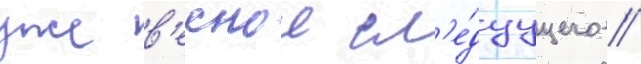
уже в'еснои сл'е́дуущего /